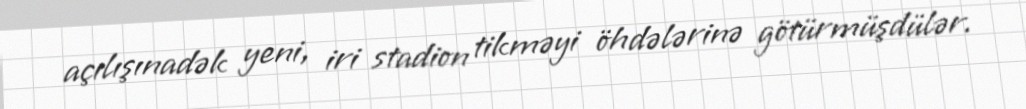
açılışınadək yeni, iri stadion tikməyi öhdələrinə götürmüşdülər.